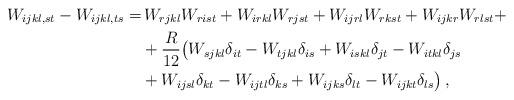
LaTeX: \begin{align*}W_{ijkl,st}-W_{ijkl,ts} =&\, W_{rjkl}W_{rist}+W_{irkl}W_{rjst}+W_{ijrl}W_{rkst}+W_{ijkr}W_{rlst}+\\&+\frac{R}{12}\big(W_{sjkl}\delta_{it}-W_{tjkl}\delta_{is}+W_{iskl}\delta_{jt}-W_{itkl}\delta_{js}\\&+W_{ijsl}\delta_{kt}-W_{ijtl}\delta_{ks}+W_{ijks}\delta_{lt}-W_{ijkt}\delta_{ls}\big)\,,\end{align*}